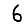
Digit: 6